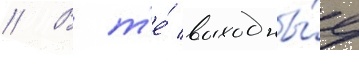
// В т'е́ выходны́е